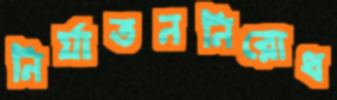
নির্যাতননিরোধ